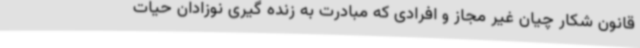
قانون شکار چیان غیر مجاز و افرادی که مبادرت به زنده گیری نوزادان حیات